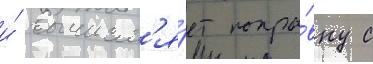
и́ вычисл'я́ет попра́вку с